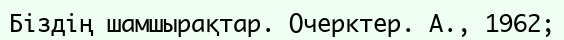
Біздің шамшырақтар. Очерктер. А., 1962;